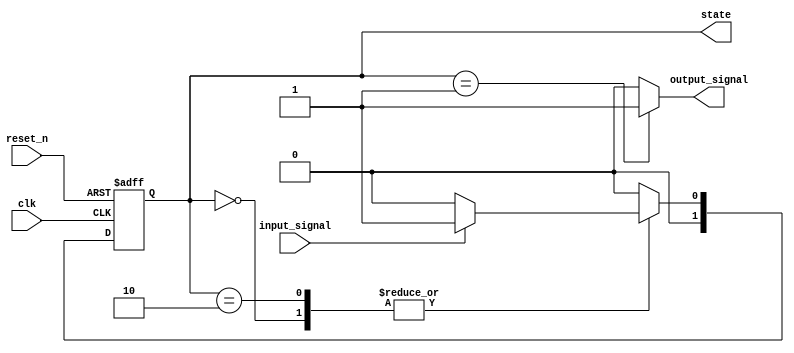
module moore_state_machine (
    input wire clk,          // Clock signal
    input wire reset_n,      // Active low asynchronous reset
    input wire input_signal,  // Input signal for state transitions
    output reg [1:0] state,  // Current state (2 bits for 3 states)
    output reg output_signal  // Output signal based on current state
);

// State encoding
localparam S0 = 2'b00; // State 0
localparam S1 = 2'b01; // State 1
localparam S2 = 2'b10; // State 2

// State transition logic
always @(*) begin
    case (state)
        S0: begin
            if (input_signal) begin
                state_next = S1; // Transition from S0 to S1
            end else begin
                state_next = S0; // Stay in S0
            end
        end
        S1: begin
            if (input_signal) begin
                state_next = S2; // Transition from S1 to S2
            end else begin
                state_next = S0; // Transition from S1 to S0
            end
        end
        S2: begin
            if (input_signal) begin
                state_next = S1; // Transition from S2 to S1
            end else begin
                state_next = S0; // Transition from S2 to S0
            end
        end
        default: state_next = S0; // Default to S0
    endcase
end

// Output logic based on current state
always @(*) begin
    case (state)
        S0: output_signal = 1'b0; // Output for S0
        S1: output_signal = 1'b1; // Output for S1
        S2: output_signal = 1'b0; // Output for S2
        default: output_signal = 1'b0; // Default output
    endcase
end

// State register with asynchronous reset
always @(posedge clk or negedge reset_n) begin
    if (!reset_n) begin
        state <= S0; // Reset to state S0
    end else begin
        state <= state_next; // Update state on clock edge
    end
end

endmodule